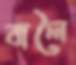
বালৈ